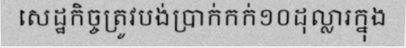
សេដ្ឋកិច្ចត្រូវបង់ប្រាក់កក់១០ដុល្លារក្នុង